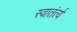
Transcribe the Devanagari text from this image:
स्वातंर्त्य